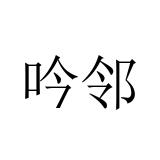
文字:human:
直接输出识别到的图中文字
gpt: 吟邻